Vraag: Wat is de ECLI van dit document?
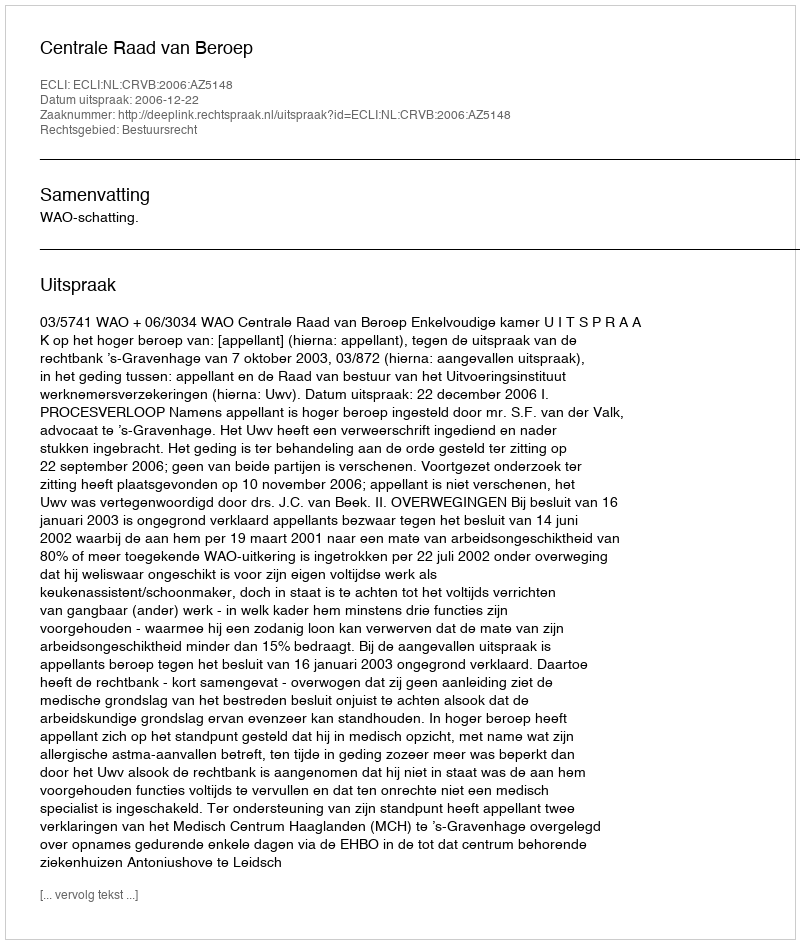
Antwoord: ECLI:NL:CRVB:2006:AZ5148